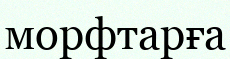
морфтарға